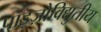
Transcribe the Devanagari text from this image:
पाइज़ोविद्युतीय